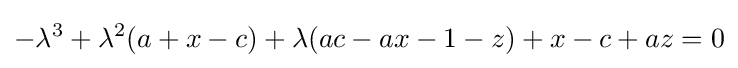
-\lambda ^{3}+\lambda ^{2}(a+x-c)+\lambda (ac-ax-1-z)+x-c+az=0